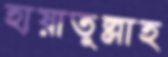
হায়াতুল্লাহ